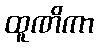
ထူဏိကာ